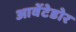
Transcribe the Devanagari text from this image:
आवेंटेडोर